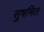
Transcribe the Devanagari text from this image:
सुषमित